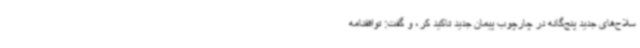
سلاح‌های جدید پنج‌گانه در چارچوب پیمان جدید تاکید کر، و گفت: توافقنامه